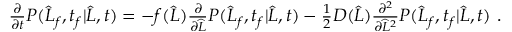
\begin{array} { r } { \frac { \partial } { \partial t } P ( \widehat { L } _ { f } , t _ { f } | \widehat { L } , t ) = - f ( \widehat { L } ) \frac { \partial } { \partial \widehat { L } } P ( \widehat { L } _ { f } , t _ { f } | \widehat { L } , t ) - \frac { 1 } { 2 } D ( \widehat { L } ) \frac { \partial ^ { 2 } } { \partial \widehat { L } ^ { 2 } } P ( \widehat { L } _ { f } , t _ { f } | \widehat { L } , t ) \ . } \end{array}